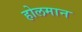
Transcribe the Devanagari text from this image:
होलमान